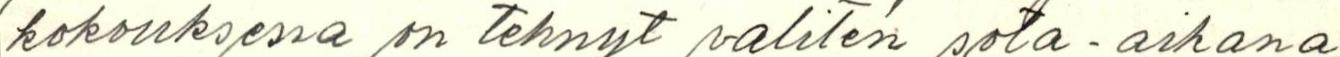
kokouksessa on tehnyt valiten sota-aikana